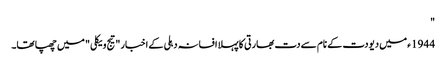
"
1944 ء میں دیودت کے نام سے دت بھارتی کا پہلا افسانہ دہلی کے اخبار "تیج ویکلی " میں چھپا تھا۔